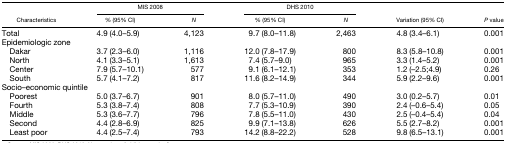
<table><thead><tr><td rowspan="2"><b>Characteristics</b></td><td colspan="2"><b>MIS 2008</b></td><td colspan="2"><b>DHS 2010</b></td><td rowspan="2"><b>Variation (95% CI)</b></td><td rowspan="2"><b><i>P</i> value</b></td></tr><tr><td><b>% (95% CI)</b></td><td><b><i>N</i></b></td><td><b>% (95% CI)</b></td><td><b><i>N</i></b></td></tr></thead><tbody><tr><td>Total</td><td>4.9 (4.0–5.9)</td><td>4,123</td><td>9.7 (8.0–11.8)</td><td>2,463</td><td>4.8 (3.4–6.1)</td><td>0.001</td></tr><tr><td colspan="7">Epidemiologic zone</td></tr><tr><td> Dakar</td><td>3.7 (2.3–6.0)</td><td>1,116</td><td>12.0 (7.8–17.9)</td><td>800</td><td>8.3 (5.8–10.8)</td><td>0.001</td></tr><tr><td> North</td><td>4.1 (3.3–5.1)</td><td>1,613</td><td>7.4 (5.7–9.0)</td><td>965</td><td>3.3 (1.4–5.2)</td><td>0.001</td></tr><tr><td> Center</td><td>7.9 (5.7–10.1)</td><td>577</td><td>9.1 (6.1–12.1)</td><td>353</td><td>1.2 (–2.5;4.9)</td><td>0.26</td></tr><tr><td> South</td><td>5.7 (4.1–7.2)</td><td>817</td><td>11.6 (8.2–14.9)</td><td>344</td><td>5.9 (2.2–9.6)</td><td>0.001</td></tr><tr><td colspan="7">Socio–economic quintile</td></tr><tr><td> Poorest</td><td>5.0 (3.7–6.7)</td><td>901</td><td>8.0 (5.7–11.0)</td><td>490</td><td>3.0 (0.2–5.7)</td><td>0.01</td></tr><tr><td> Fourth</td><td>5.3 (3.8–7.4)</td><td>808</td><td>7.7 (5.3–10.9)</td><td>390</td><td>2.4 (–0.6–5.4)</td><td>0.05</td></tr><tr><td> Middle</td><td>5.3 (3.6–7.7)</td><td>796</td><td>7.8 (5.5–11.0)</td><td>430</td><td>2.5 (–0.4–5.4)</td><td>0.04</td></tr><tr><td> Second</td><td>4.4 (2.8–6.9)</td><td>825</td><td>9.9 (7.1–13.8)</td><td>626</td><td>5.5 (2.7–8.2)</td><td>0.001</td></tr><tr><td> Least poor</td><td>4.4 (2.5–7.4)</td><td>793</td><td>14.2 (8.8–22.2)</td><td>528</td><td>9.8 (6.5–13.1)</td><td>0.001</td></tr></tbody></table>